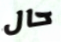
حال